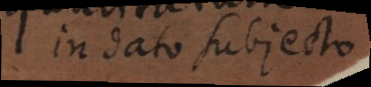
in dato subjecto